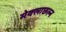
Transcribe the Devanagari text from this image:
मेक्लाछल्न